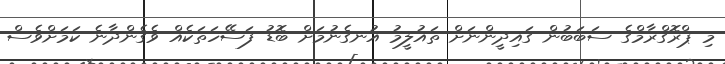
މި ޕްރޮގްރާމްގެ ސަބަބުން ގައިދީންނަށް ތައުލީމު އުނގެނުމަށް ބޮޑު ފަސޭހަތަކެއް ވެގެންދާނެ ކަމަށްވެސް